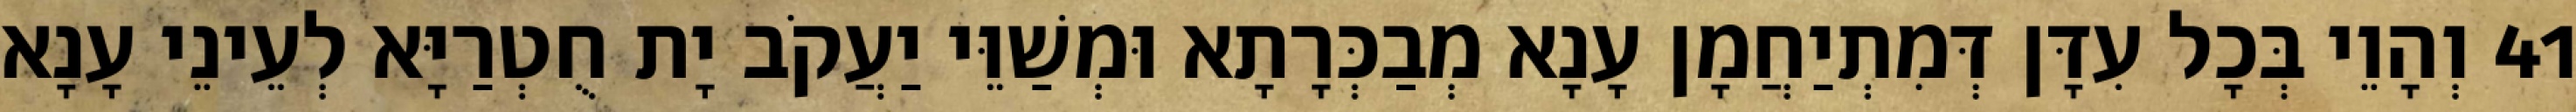
41 וְהָוֵי בְּכָל עִדָּן דְּמִתְיַחֲמָן עָנָא מְבַכְּרָתָא וּמְשַׁוֵּי יַעֲקֹב יָת חֻטְרַיָּא לְעֵינֵי עָנָא